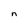
Character: n